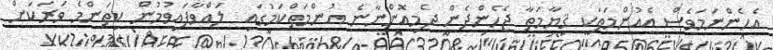
އެހެންނަމަވެސް އެއުންމަތަކީ ޤިޔާމަތާ ޖެހެންދެން ދެމިއޮންނާނެ އުންމަތްކަމުގައި  ލައްވާފައިވުމުން ކިތަންމެ ވަރަކަށް